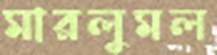
মারলুমল